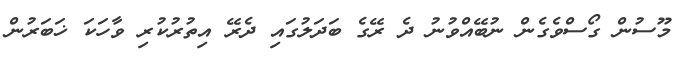
މޫސުން ގޯސްވެގެން ނުބޭއްވުނު ދެ ރޭގެ ބަދަލުގައި ދެރޭ އިތުރުކުރި ވާހަކަ ޚަބަރުން